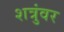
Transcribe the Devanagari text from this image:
शत्रुंवर